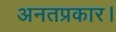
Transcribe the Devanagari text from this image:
अनतप्रकार।